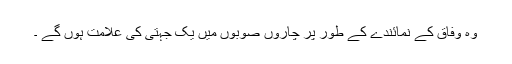
وہ وفاق کے نمائندے کے طور پر چاروں صوبوں میں یک جہتی کی علامت ہوں گے ۔